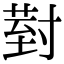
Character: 𭔹